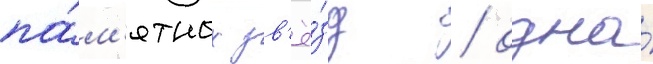
па́м'ятных зв'ё́зд / одна́